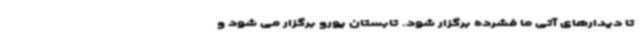
تا دیدارهای آتی ما فشرده برگزار شود. تابستان یورو برگزار می شود و